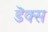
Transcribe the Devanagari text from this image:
डॆक्स